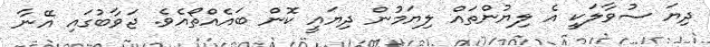
ދިޔަ ސުވާލަކީ އެ ލިޔުންތައް ލިޔަމުން ދިޔައީ ކޮން ބައެއްތޯއެވެ. ޖަވާބުގައި އޭނާ